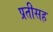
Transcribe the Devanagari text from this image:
प्रतीसह